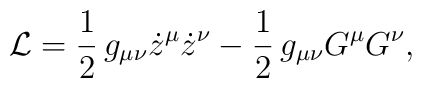
{\cal L}= \frac{1}{2}\, g_{\mu\nu}\dot z^\mu \dot z^\nu-\frac{1}{2}\,g_{\mu\nu}G^\mu G^\nu ,